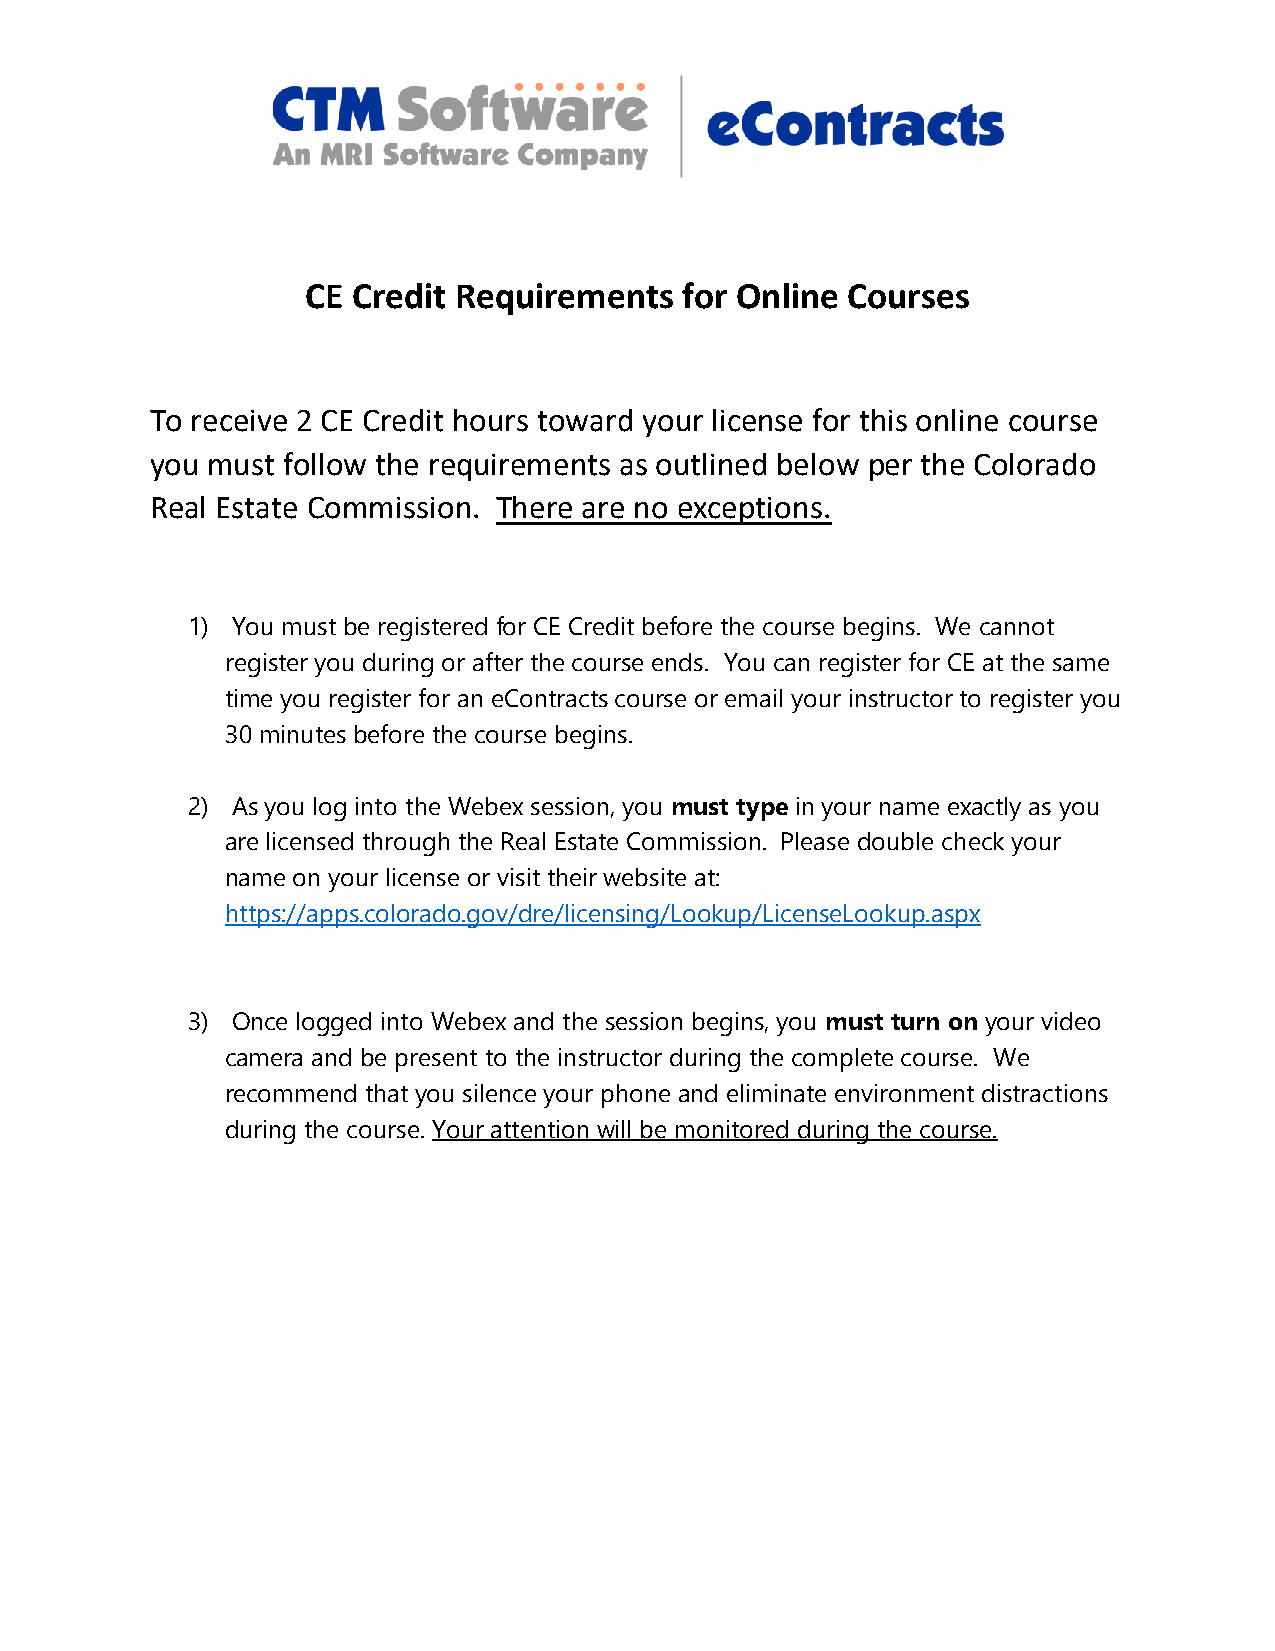
CE Credit Requirements   for Online Courses
 To receive 2 CE Credit hours toward your license for this online course
 you must follow the requirements as outlined below per the Colorado
 Real Estate Commission. There are no exceptions.
 1) You must be registered for CE Credit before the course begins. We cannot
 register you during or after the course ends. You can register for CE at the same
 time you register for an eContracts course or email your instructor to register you
 30 minutes before the course begins.
 2) As you log into the Webex session, you must type in your name exactly as you
 are licensed through the Real Estate Commission. Please double check your
 name on your license or visit their website at:
 https://apps.colorado.gov/dre/licensing/Lookup/LicenseLookup.aspx
 3) Once logged into Webex and the session begins, you must turn on your video
 camera and be present to the instructor during the complete course. We
 recommend that you silence your phone and eliminate environment distractions
 during the course. Your attention will be monitored during the course.